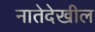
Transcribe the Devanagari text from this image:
नातेदेखील